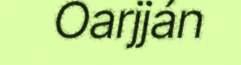
Oarjján